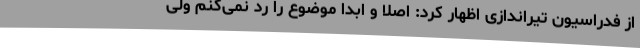
از فدراسیون تیراندازی اظهار کرد: اصلا و ابدا موضوع را رد نمی‌کنم ولی